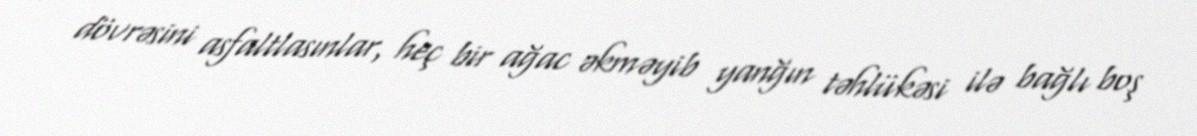
dövrəsini asfaltlasınlar, heç bir ağac əkməyib yanğın təhlükəsi ilə bağlı boş